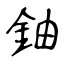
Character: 鈾